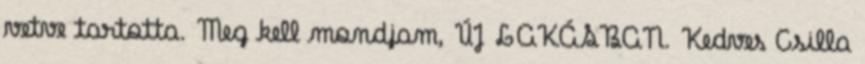
vetve tartotta. Meg kell mondjam, ÚJ LAKÁSBAN. Kedves Csilla